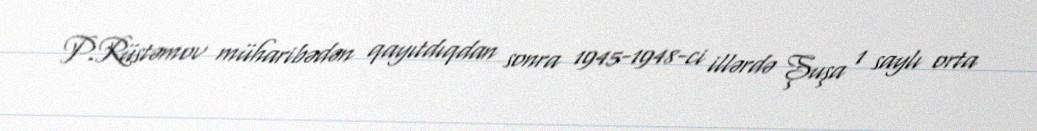
P.Rüstəmov müharibədən qayıtdıqdan sonra 1945-1948-ci illərdə Şuşa 1 saylı orta